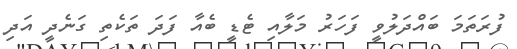
ފުރަތަމަ ބައްދަލުވީ ފަހަރު މަލާއި ޓެޑީ ބެއާ ފަދަ ތަކެތި ގަނެދީ އަދި